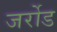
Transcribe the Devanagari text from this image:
जर्रोड